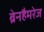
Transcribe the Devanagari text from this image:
ब्रेनहैमरेज